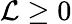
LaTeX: \mathcal{L}\ge 0